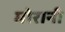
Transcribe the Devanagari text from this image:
मोरानी